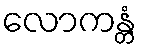
လောကန္တံ